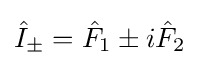
{\hat {I}}_{\pm }={\hat {F}}_{1}\pm i{\hat {F}}_{2}